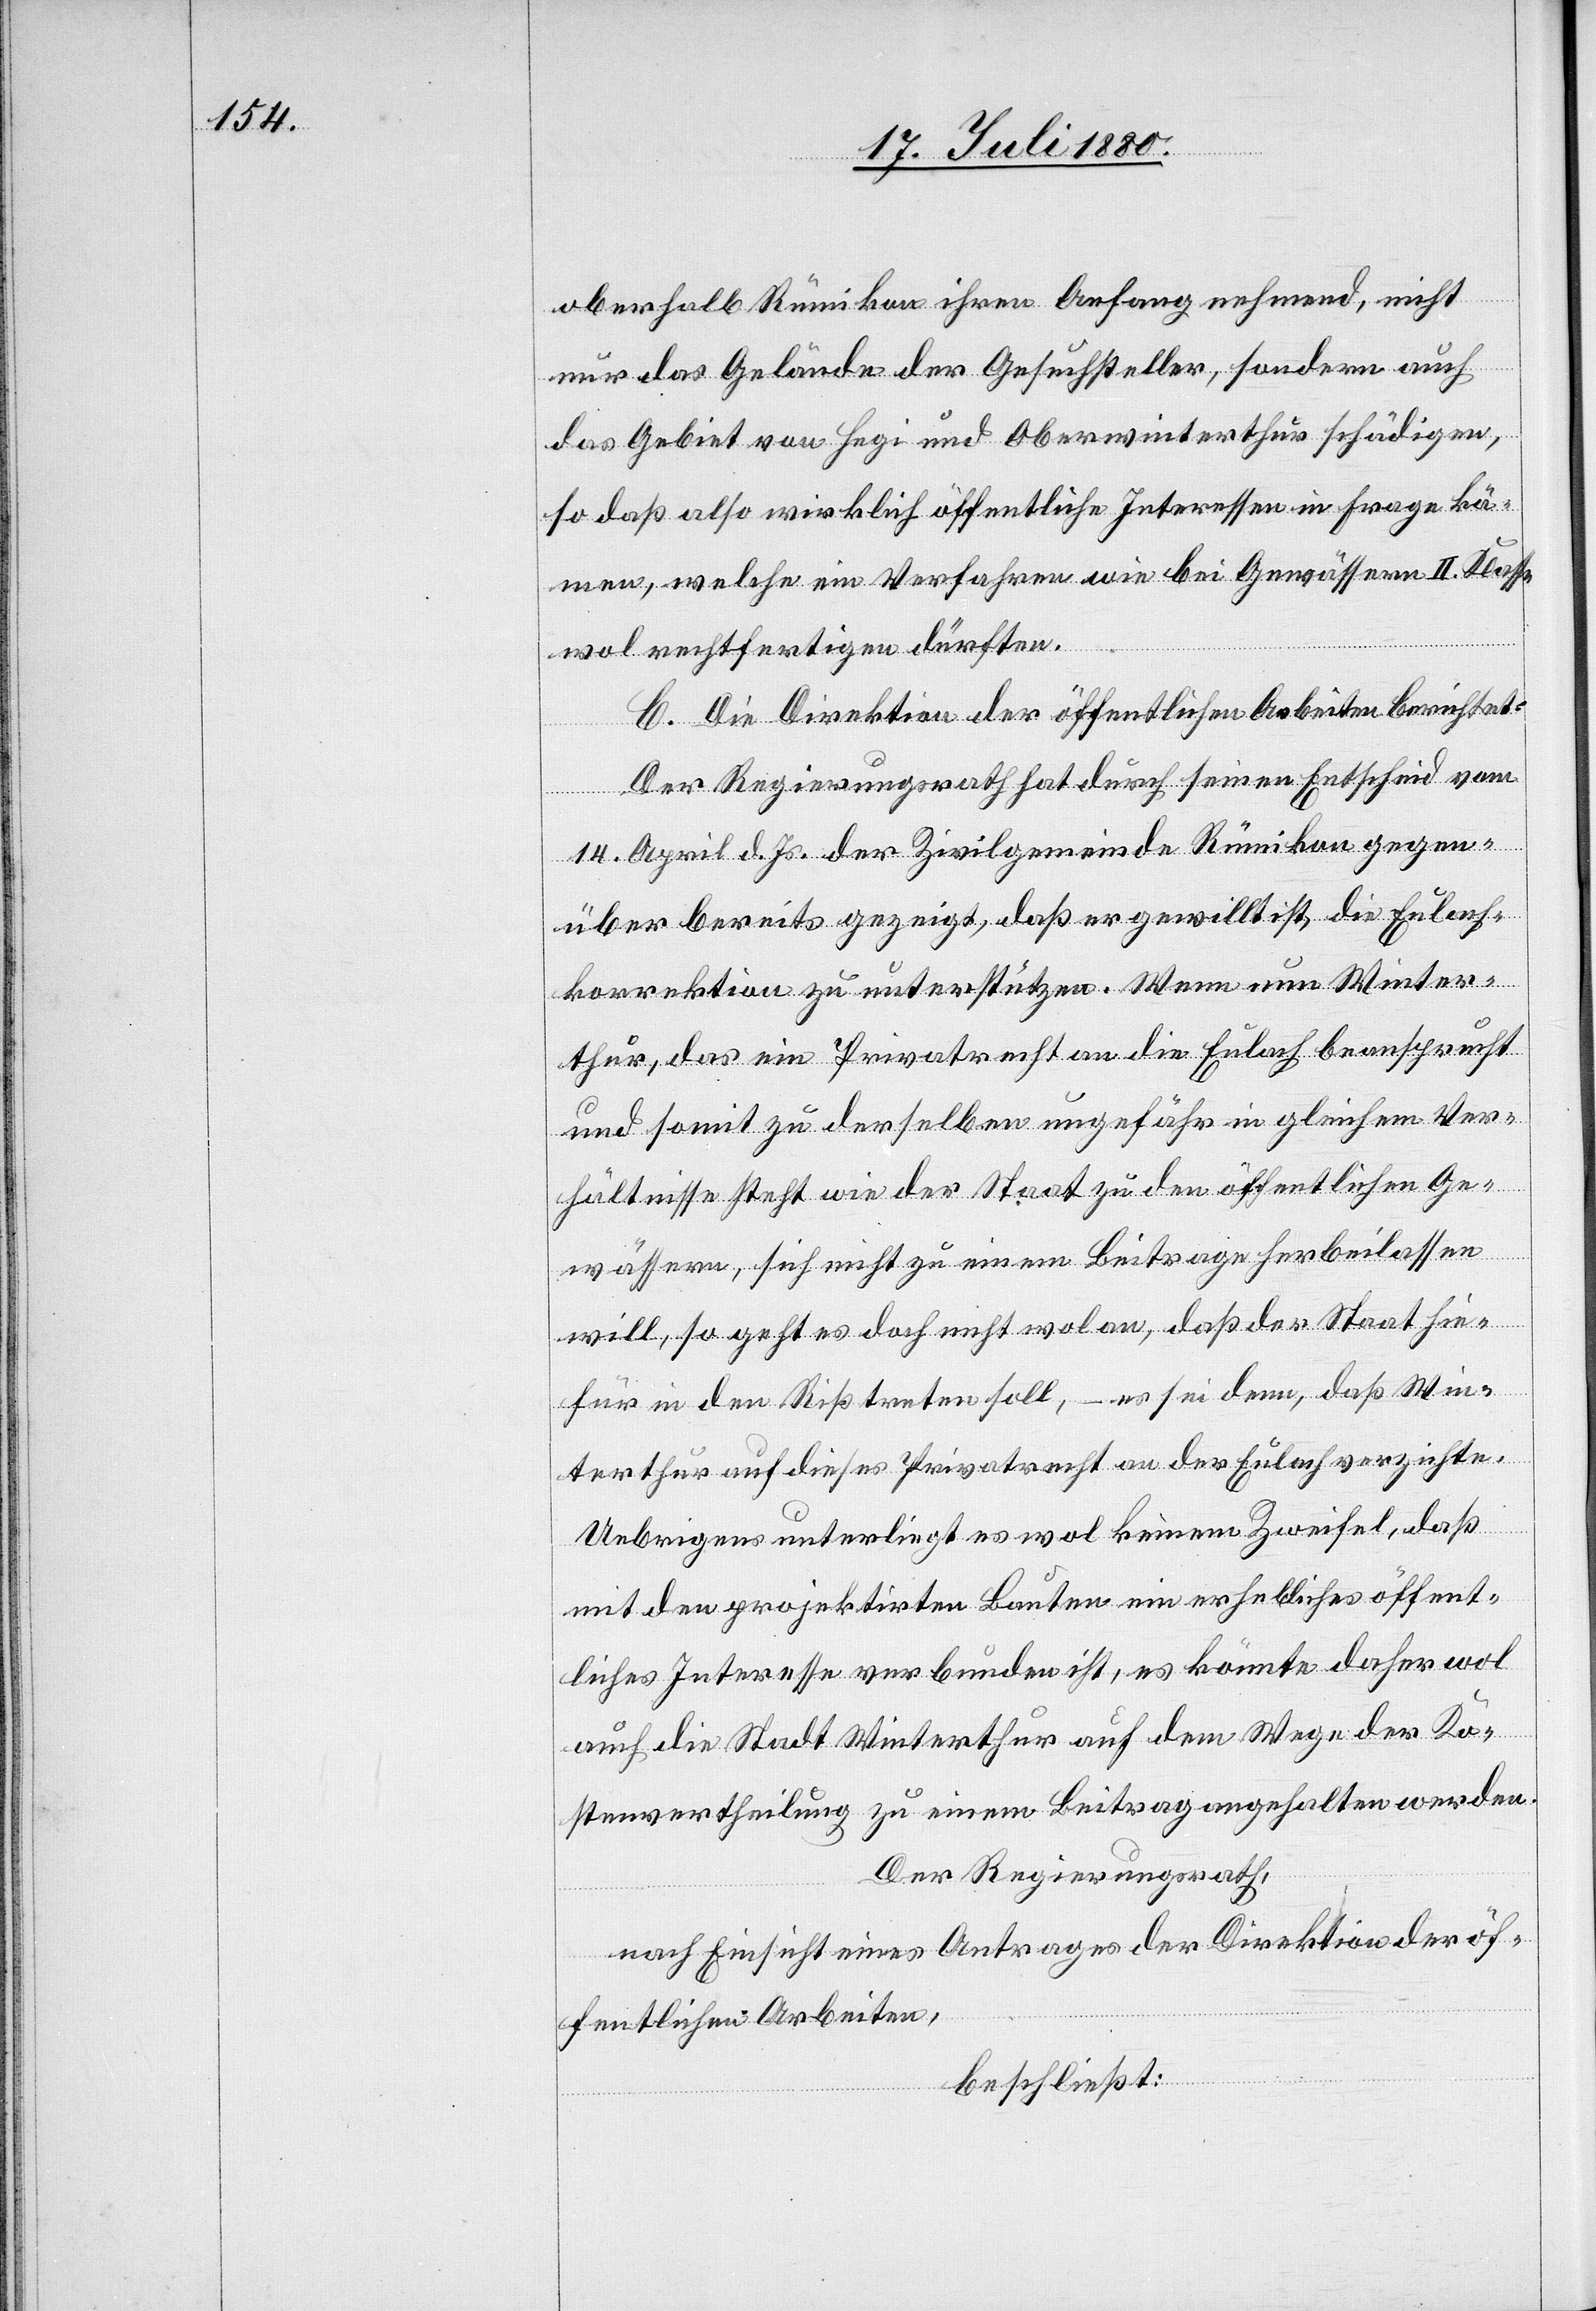
oberhalb Rümikon ihren Anfang nehmend, nicht
nur das Gelände der Gesuchsteller, sondern auch
das Gebiet von Hegi und Oberwinterthur schädigen,
so daß also wirklich öffentliche Interessen in Frage kä¬
men, welche ein Verfahren wie bei Gewässern II. Klasse
wol rechtfertigen dürften.
C. Die Direktion der öffentlichen Arbeiten berichtet:
Der Regierungsrath hat durch seinen Entscheid vom
14. April d. Js. der Zivilgemeinde Rümikon gegen¬
über bereits gezeigt, daß er gewillt ist, die Eulach¬
korrektion zu unterstützen. Wenn nun Winter¬
thur, das ein Privatrecht an die Eulach beansprucht
und somit zu derselben ungefähr in gleichem Ver¬
hältnisse steht wie der Staat zu den öffentlichen Ge¬
wässern, sich nicht zu einem Beitrage herbeilassen
will, so geht es doch nicht wol an, daß der Staat hie¬
für in den Riß treten soll, – es sei denn, daß Win¬
terthur auf dieses Privatrecht an der Eulach verzichte.
Uebrigens unterliegt es wol keinem Zweifel, daß
mit den projektirten Bauten ein erhebliches öffent¬
liches Interesse verbunden ist, es könnte daher wol
auch die Stadt Winterthur auf dem Wege der Ko¬
stenvertheilung zu einem Beitrag angehalten werden.
Der Regierungsrath,
nach Einsicht eines Antrages der Direktion der öf¬
fentlichen Arbeiten,
beschließt: